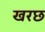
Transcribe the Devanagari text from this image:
खरछ